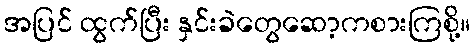
အပြင် ထွက်ပြီး နှင်းခဲတွေဆော့ကစားကြစို့။